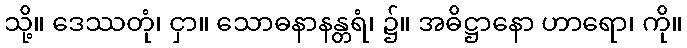
သို့။ ဒေဿတုံ၊ ငှာ။ သောဓနာနန္တရံ၊ ၌။ အဓိဋ္ဌာနော ဟာရော၊ ကို။